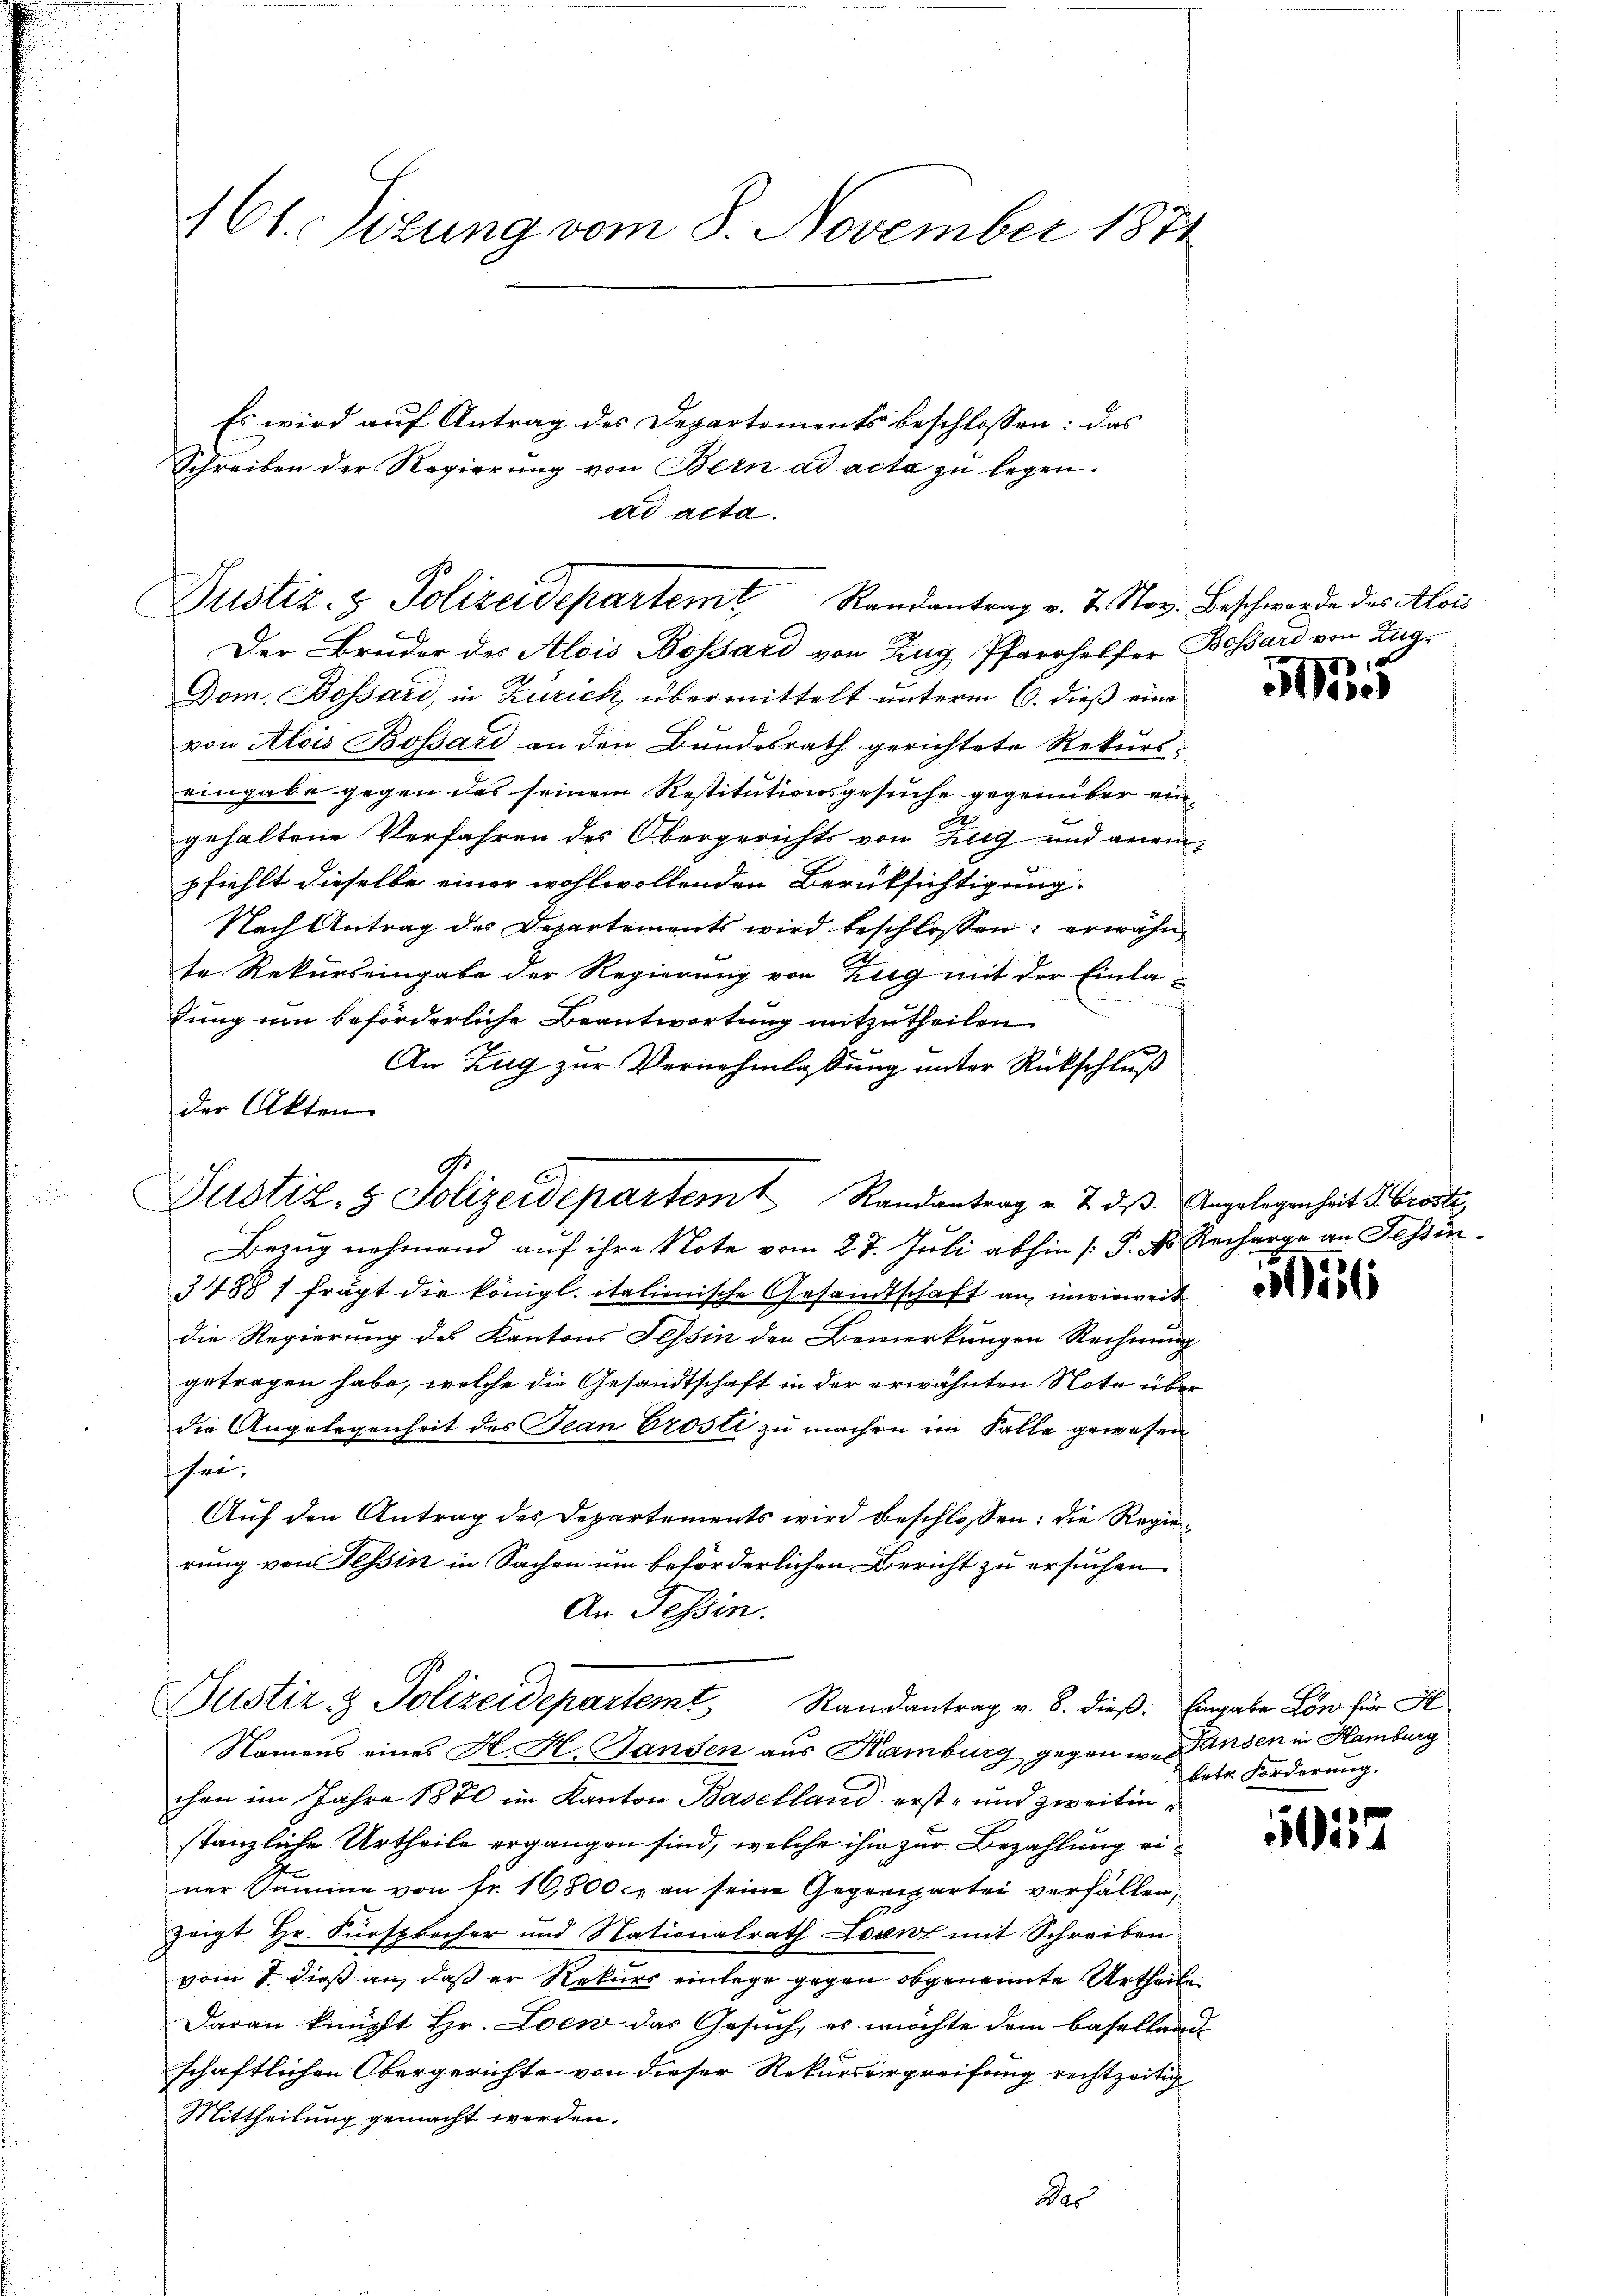
Der Bruder des Alois Bossard von Zug, Pfarrhelfer Bossard von Zug-
Dom. Bossard, in Zürich übermittelt unterm 6. dieß eine
von Alois Bossard an den Bundesrath gerichtete Rekurseingabe gegen das seinem Restitutionsgesuche gegenüber eingehaltene Verfahren des Obergerichts von Klig und aneinpfiehlt dieselbe einer wohlwollenden Berüksichtigung.
Nach Antrag des Departements wird beschlossen: erwähnte Rekurseingabe der Regierung von Zug mit der Einlalung um beförderliche Beantwortung mitzutheilen.
An Zug zur Vernehmlassung unter Rückschluß
der Akten.

161. Sizung vom 8. November 1871

Es wird auf Antrag des Departements beschlossen: das
Schreiben der Regierung von Bern ad acta zu legen.
ad acta.

Justiz- & Polizeidepartem Randantrag v. 7. Nov. Beschwerde des Alois

Justiz- & Polizeidepartem Randantrag u. 2. dβ. Angelegenheit u. Grosti,

Justiz- & Polizeidepartemt, Randantrag v. 8. dieβ. Eingabe Löw für St

Bezug nehmend auf ihre Note vom 27. Juli abhin [P. Nr. Recharge an Tessin¬
3488 7 frägt die königl. italienische Gesandtschaft an, inwieweit
die Regierung des Kantons Tessin der Bemerkungen Rechnung
getragen habe, welche die Gesandtschaft in der erwähnten Note über
die Angelegenheit des Jean Prosti zu machen im Falle gewesen
sei.
Auf den Antrag des Departements wird beschlossen: die Regierung von Tessin in Sachen um beförderlichen Bericht zu ersuchen
An Tessin.

14

Namens eines H. H. Handen aus Kamburg gegen w. ansen in Hamburg
chen im Jahre 1880 im Kanton Baselland erst- und zweitinstanzliche Urtheile ergangen sind, welche ihm zur Bezahlung einer Samme von Fr. 16,800 c. an seine Gegenpartei verfällen,
zeigt Hr. Fürsprecher und Nationalrath Lorenz mit Schreiben
vom 8. dieß an, daß er Rekurs einlege gegen obgenannte Urtheile
Daran knüpft Hr. Loew das Gesuch, es möchte dem Baselland
schaftlichen Obergerichte von dieser Rekursergreifung rechtzeitig
Mittheilung gemacht werden.
Des

c

6

betr. Forderung.

5057